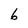
Character: 6